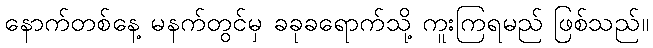
နောက်တစ်နေ့ မနက်တွင်မှ ခခုခရောက်သို့ ကူးကြရမည် ဖြစ်သည်။